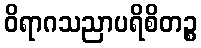
ဝိရာဂသညာပရိစိတဉ္စ